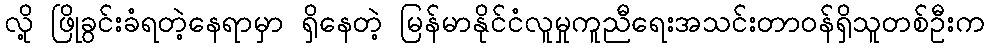
လို့ ဖြိုခွင်းခံရတဲ့နေရာမှာ ရှိနေတဲ့ မြန်မာနိုင်ငံလူမှုကူညီရေးအသင်းတာဝန်ရှိသူတစ်ဦးက